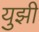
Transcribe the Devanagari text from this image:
युझी